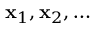
\mathbf { x } _ { 1 } , \mathbf { x } _ { 2 } , \ldots